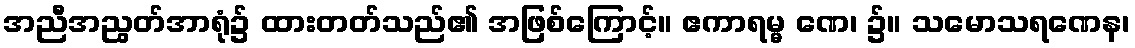
အညီအညွတ်အာရုံ၌ ထားတတ်သည်၏ အဖြစ်ကြောင့်။ ဧကာရမ္မ ဏေ၊ ၌။ သမောသရဏေန၊